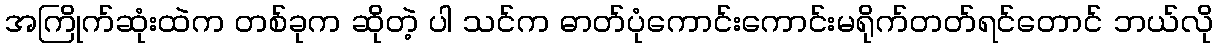
အကြိုက်ဆုံးထဲက တစ်ခုက ဆိုတဲ့ ပါ သင်က ဓာတ်ပုံကောင်းကောင်းမရိုက်တတ်ရင်တောင် ဘယ်လို